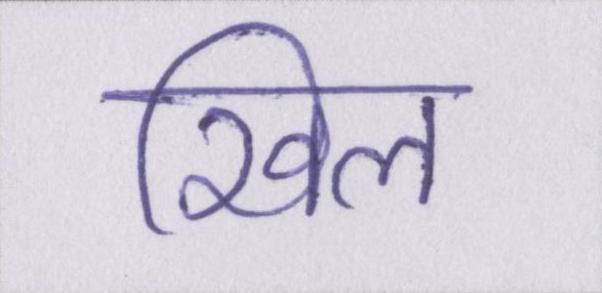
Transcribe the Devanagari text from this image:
खिल